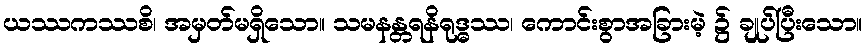
ယဿကဿစိ၊ အမှတ်မရှိသော။ သမနန္တရနိရုဒ္ဓဿ၊ ကောင်းစွာအခြားမဲ့ ၌ ချုပ်ပြီးသော။